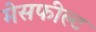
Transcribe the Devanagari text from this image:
मेसफील्ट